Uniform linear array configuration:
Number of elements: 32
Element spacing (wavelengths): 0.25
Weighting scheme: kaiser
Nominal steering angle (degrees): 0
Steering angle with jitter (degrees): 1.107
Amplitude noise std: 0.05
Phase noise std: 0.05

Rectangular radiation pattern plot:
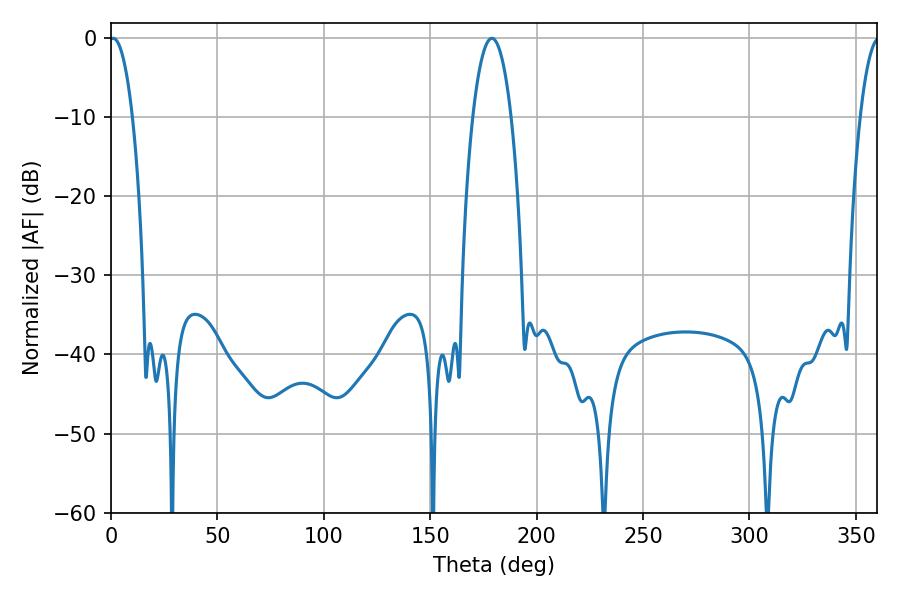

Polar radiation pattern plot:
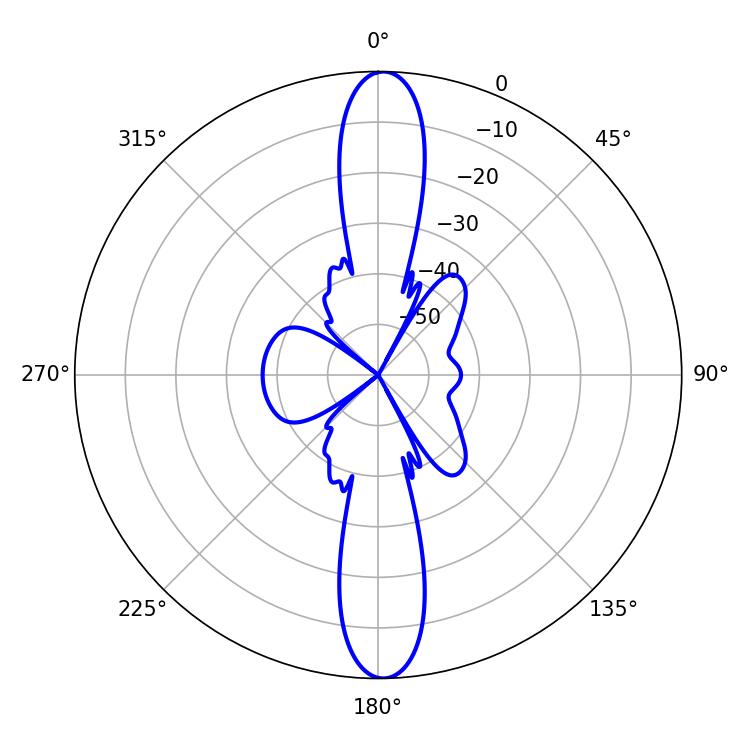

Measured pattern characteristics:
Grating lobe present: FALSE
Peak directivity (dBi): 24.765
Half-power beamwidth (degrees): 6.12
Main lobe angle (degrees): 1.08